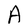
Character: A